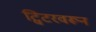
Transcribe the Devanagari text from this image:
ट्विटरवरून